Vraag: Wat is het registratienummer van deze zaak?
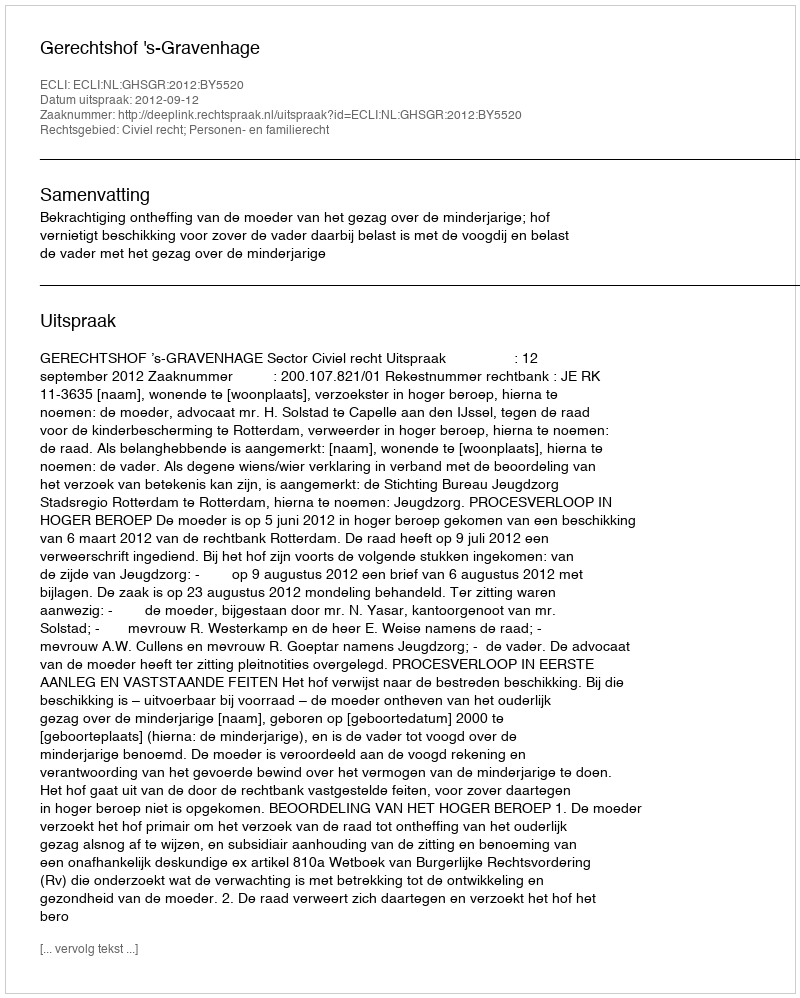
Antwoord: http://deeplink.rechtspraak.nl/uitspraak?id=ECLI:NL:GHSGR:2012:BY5520